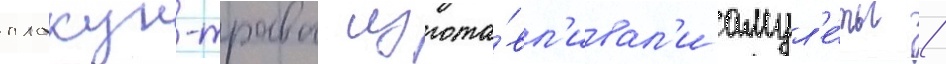
плакун-травы изгота́вл'ивал'и амул'е́ты /